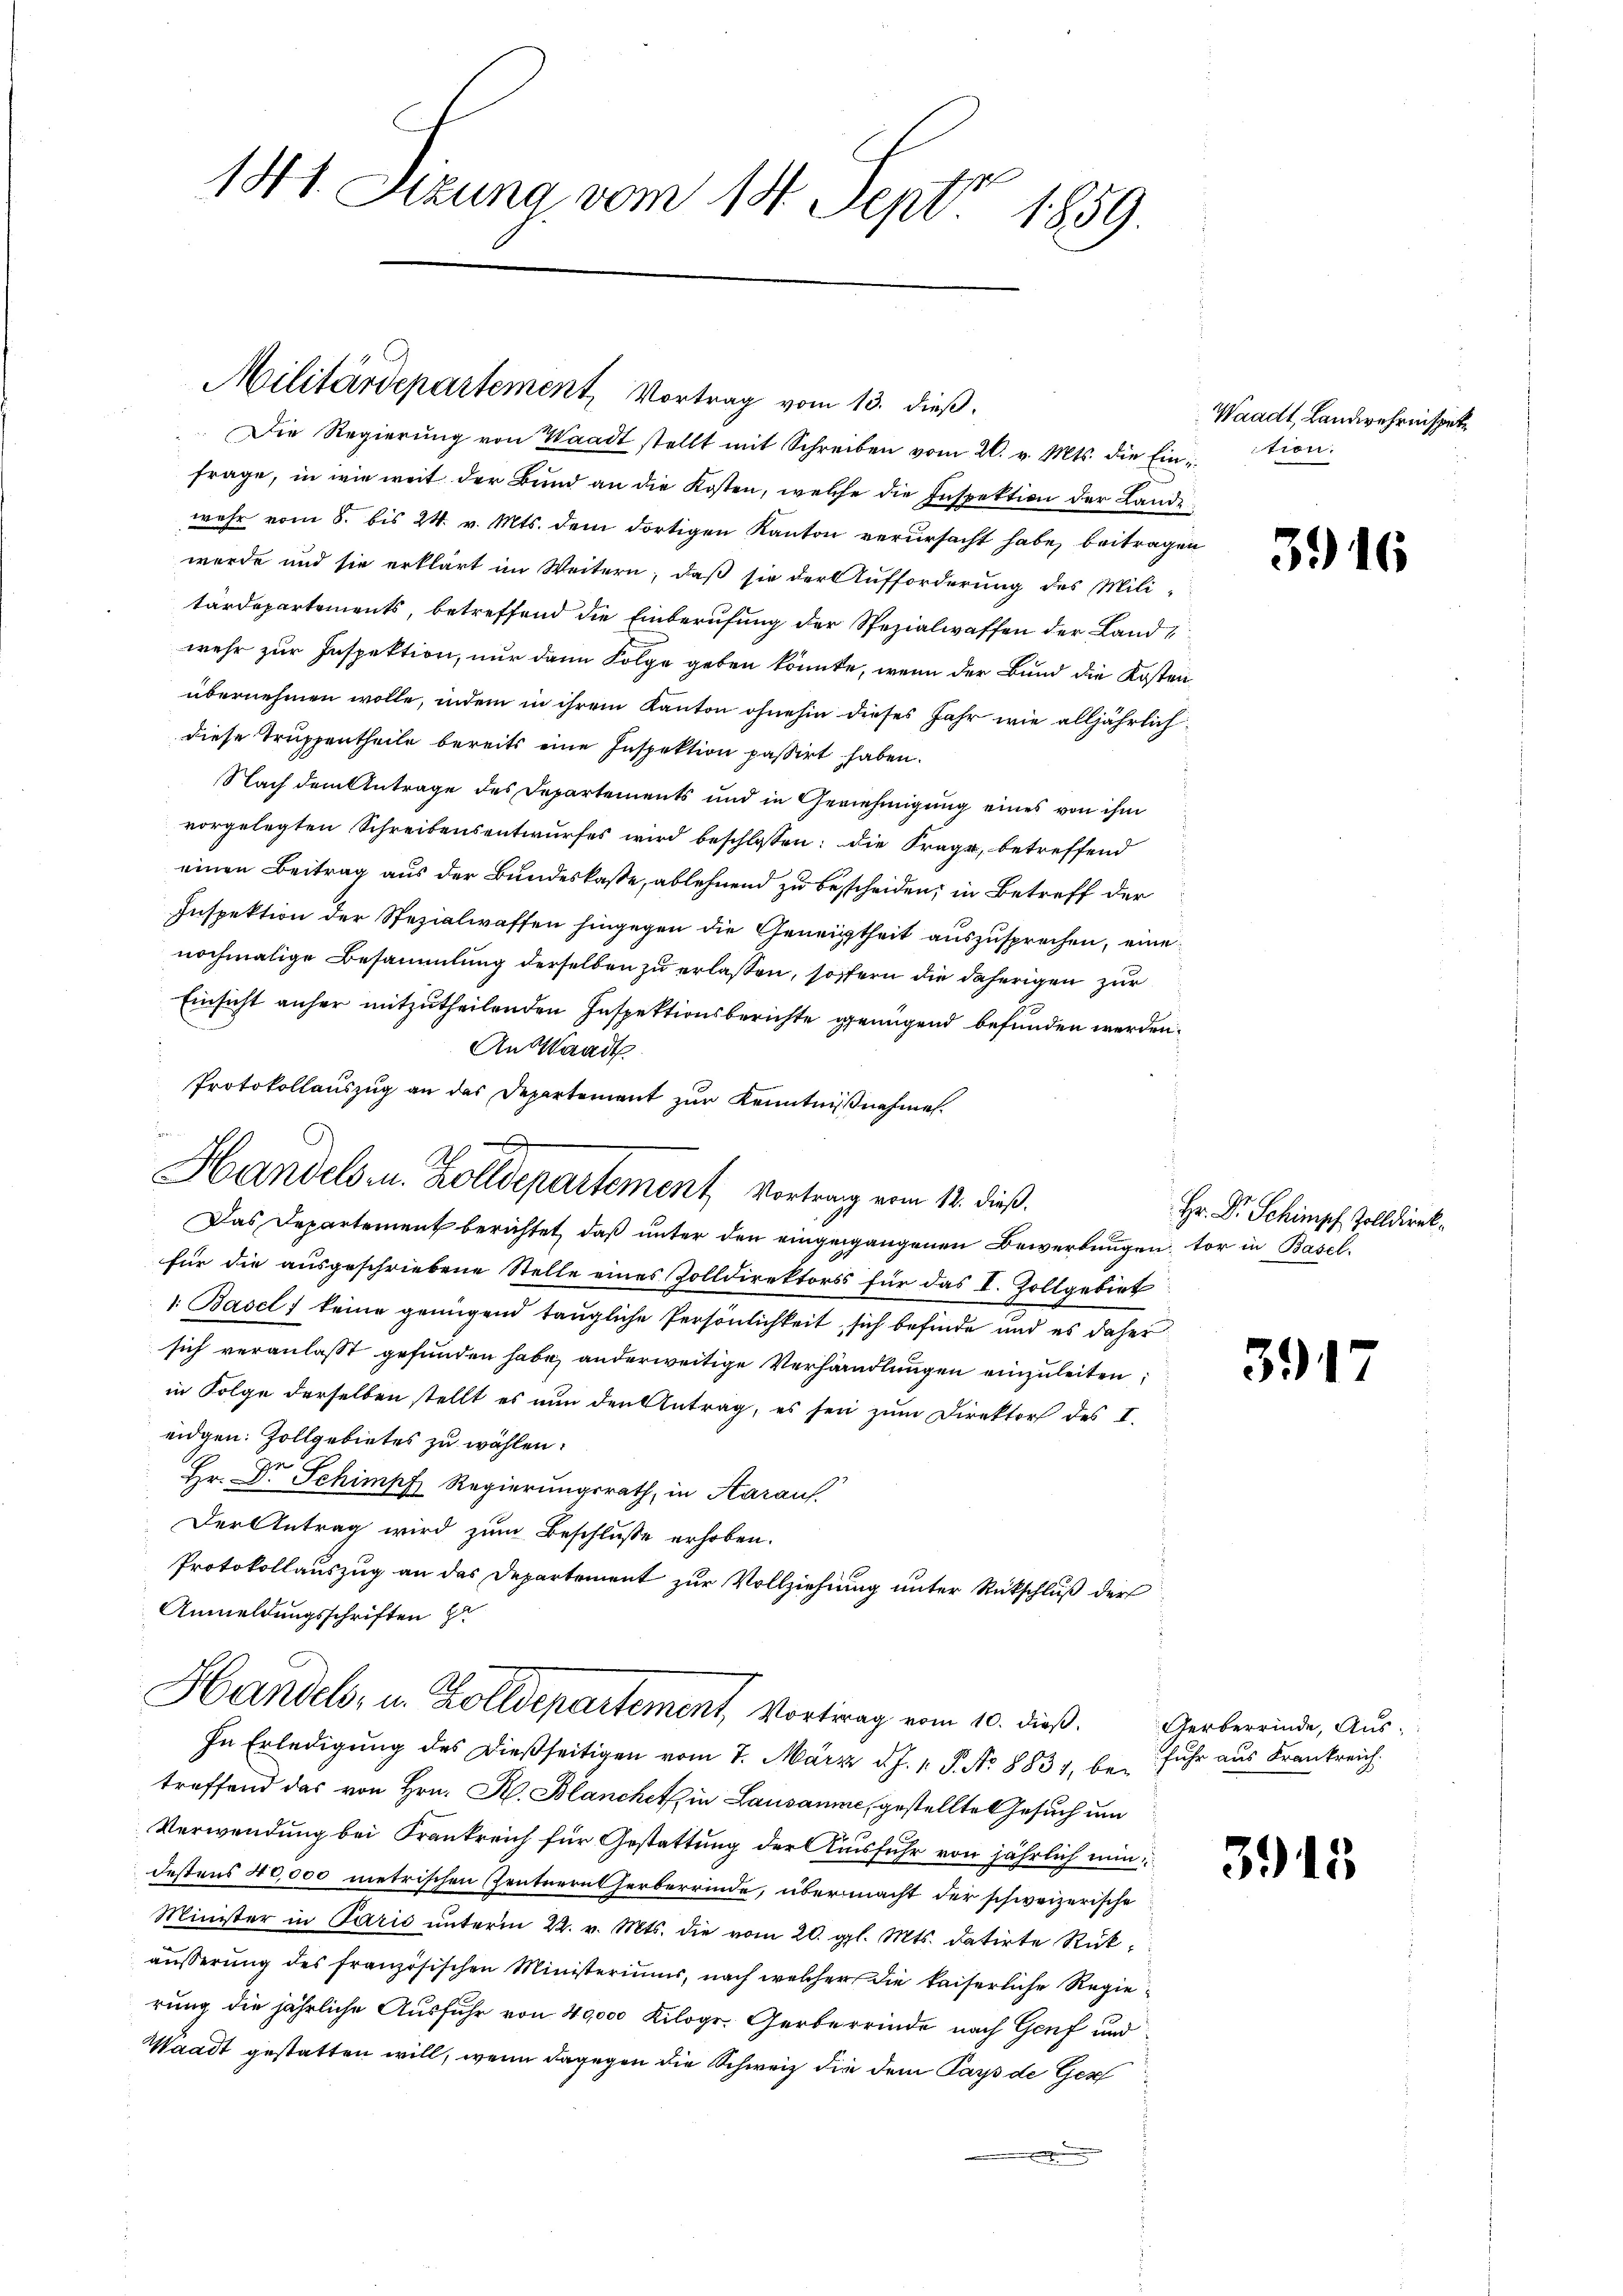
1841 Sizung vom 14. Sept 1859.

Militärdepartement, Vortrag vom 13. dieß.

e
x
R.
Handelsr. Zolldepartement Vortrag vom 14. dieß.

Die Regierŭng von Waadt stellt mit Schreiben vom 20. v. Mts. die Ein-
frage, in wie weit der Bund an die Kosten, welche die Inspektion der Lande
wehr vom 8. bis 24. v. Mts. dem dortigen Kanton verursacht habe, beitragen
werde und sie erklärt im Weitern, daß sie der Aufforderung des Mili-
tärdepartements, betreffend die Einberufung der Spezialwaffen der Landwehr zur Inspektion, nur dann Folge geben könnte, wenn der Bund die Kosten
übernehmen wolle, indem in ihrem Kanton ohnehin dieses Jahr wie alljährlichdiese Truppentheile bereits eine Inspektion passirt haben.
Nach dem Antrage des Departements und in Genehmigung eines von ihm
vorgelegten Schreibensentwurfes wird beschlossen: die Frage, betreffend
einen Beitrag aus der Bundeskasse, ablehnend zu bescheiden, in Betreff der
Inspektion der Spezialwaffen hingegen die Geneigtheit auszusprechen, eine
nochmalige Besammlung derselben zu erlassen, sofern die daherigen zur
Einsicht anher mitzutheilenden Inspektionsberichte genügend befunden werden.
An Waadt
Protokollauszug an das Departement zur Kenntnißnahmen.
Das Departement berichtet, daß unter den eingegangenen Bewerbungen, vor in Baselfür die ausgeschriebene Stelle eines Zolldirektors für das I. Zollgebiet
1. Basel keine genügend taugliche Persönlichkeit, sich befinde und es daher
sich veranlaßt gefunden habe, anderweitige Verhandlungen einzuleiten
in Folge derselben stellt es nun den Antrag, es sei zum Direktor des I.
eidgen. Zollgebietes zu wählen.
Hr. Dr Schimpf Regierungsrath, in Aaraus.
Der Antrag wird zum Beschluße erhoben.
Protokollauszug an das Departement zur Vollziehung unter Rückschluß der
Anmeldungsschriften z
Handels, u. Zolldepartement, Vortrag vom 10. dieß.
In Erledigung des dießseitigen vom 7. März d. J. 1. P. No 8831, bei fuhr aus Frankreich
treffend das von Hrn. R. Blanchet, in Lausanne, gestellte Gesuch um
Verwendung bei Frankreich für Gestattung der Ausfuhr von jährlich nun
destens 40,000 metrischen Zentnerntherberrinde, übermacht der schweizerische
Minister in Paris unterm 22. v. Mts. die vom 20. gl. Mts. datirte Rükäußerung des französischen Ministeriums, nach welcher die kaiserliche Regierung die jährliche Ausfuhr von 40,000 Kilogr. Gerbereinde nach Genf und
Waadt gestatten will, wenn dagegen die Schweiz die dem Pays de Ges

Waadt Landwehrnispet
tien.
2

Hr. Dr. Schimpf, Zolldirek

391

Gerberrinde, Aus

3915

3916